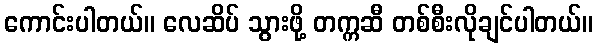
ကောင်းပါတယ်။ လေဆိပ် သွားဖို့ တက္ကဆီ တစ်စီးလိုချင်ပါတယ်။